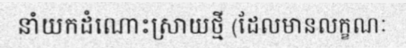
នាំយកដំណោះស្រាយថ្មី (ដែលមានលក្ខណៈ